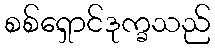
စစ်ရှောင်ဒုက္ခသည်